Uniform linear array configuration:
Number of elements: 16
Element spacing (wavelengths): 0.75
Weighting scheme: cosine
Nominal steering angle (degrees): -60
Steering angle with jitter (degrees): -61.669
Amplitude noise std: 0.05
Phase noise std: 0.05

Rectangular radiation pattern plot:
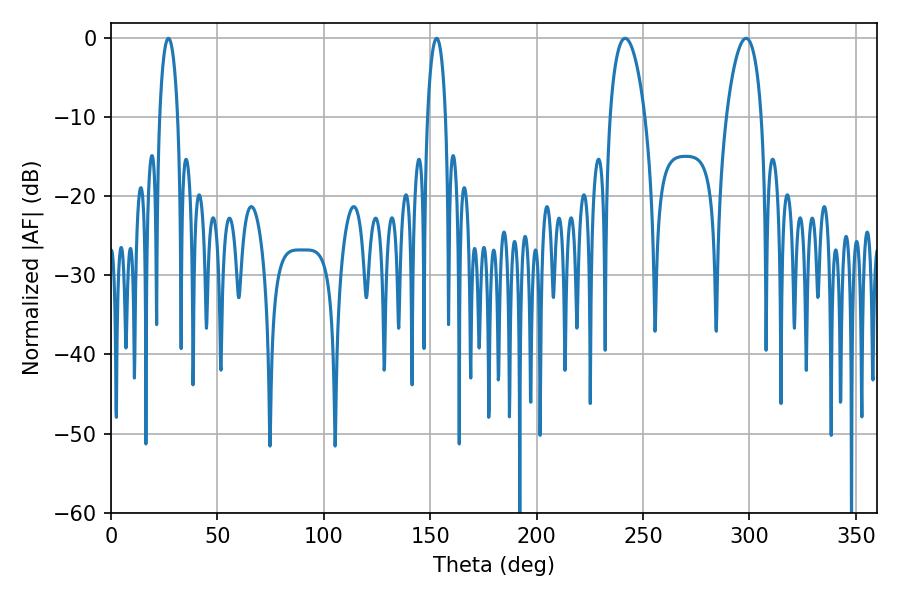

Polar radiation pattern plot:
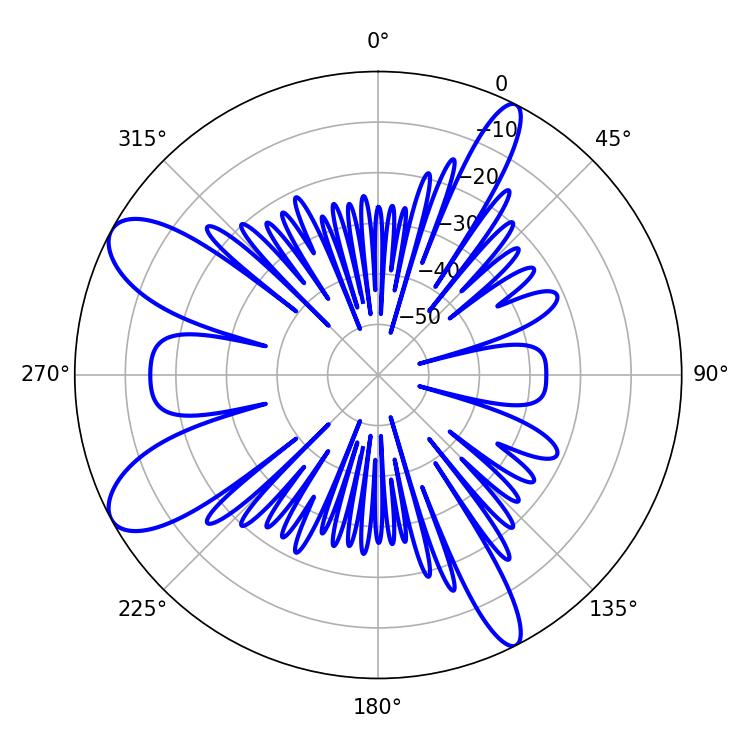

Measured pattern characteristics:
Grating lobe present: TRUE
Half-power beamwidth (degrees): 4.68
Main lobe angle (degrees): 27